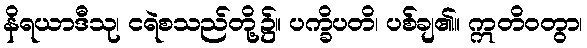
နိရယာဒီသု၊ ငရဲစသည်တို့၌။ ပက္ခိပတိ၊ ပစ်ချ၏။ ဣတိဝတွာ၊